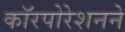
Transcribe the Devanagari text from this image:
काॅरपोरेशनने